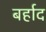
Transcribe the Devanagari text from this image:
बर्हाद